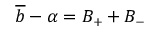
\overline { { b } } - \alpha = B _ { + } + B _ { - }